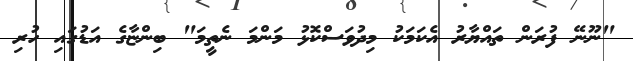
"ނޫނޭ ފުރަން ތައްޔާރު އެކަމަކު މިދުވަސްކޮޅު މަންމަ ނެތީމަ" ބިންޏާގެ އަޑުގައި ހުރި